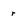
Character: r